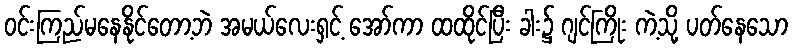
ဝင်းကြည်မနေနိုင်တော့ဘဲ အမယ်လေးရှင့် အော်ကာ ထထိုင်ပြီး ခါး၌ ဂျင်ကြိုး ကဲ့သို့ ပတ်နေသော